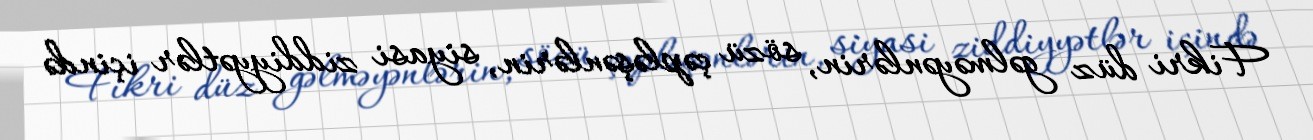
Fikri düz gəlməyənlərin, sözü çəpləşənlərin, siyasi ziddiyyətlər içində